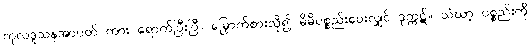
ကုလဒူသနအာပတ် ကား ရောက်ပြီးပြီ။ မြှောက်စားလို၍ မိမိပစ္စည်းပေးလျှင် ဒုက္ကဋ်။ သံဃာ့ ပစ္စည်းကို